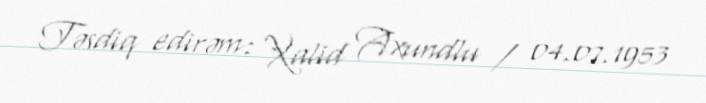
Təsdiq edirəm: Xalid Axundlu / 04.07.1953